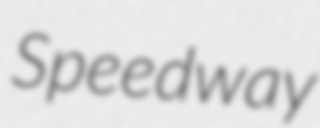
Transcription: Speedway